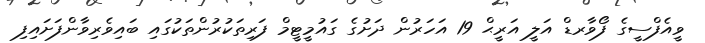
ވީއެފްސީގެ ފޯވާރޑް އަލީ އަރީޙް 19 އަހަރުން ދަށުގެ ގައުމީޓީމް ފަރިތަކުރުންތަކުގައި ބައިވެރިވާންފަށައިފި